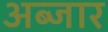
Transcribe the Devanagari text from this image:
अब्जार